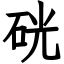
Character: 硄